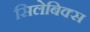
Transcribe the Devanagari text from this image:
सिलेबिक्स